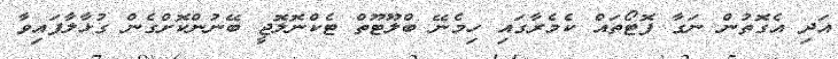
އަދި އެގޮތުން ނަގާ ފޮޓޯތައް ކެމެރާގައި ހިމެނޭ ބްލޫޓޫތް ޓެކްނޮލޮޖީ ބޭނުންކޮށްގެން ގުޅާލާފައިވާ